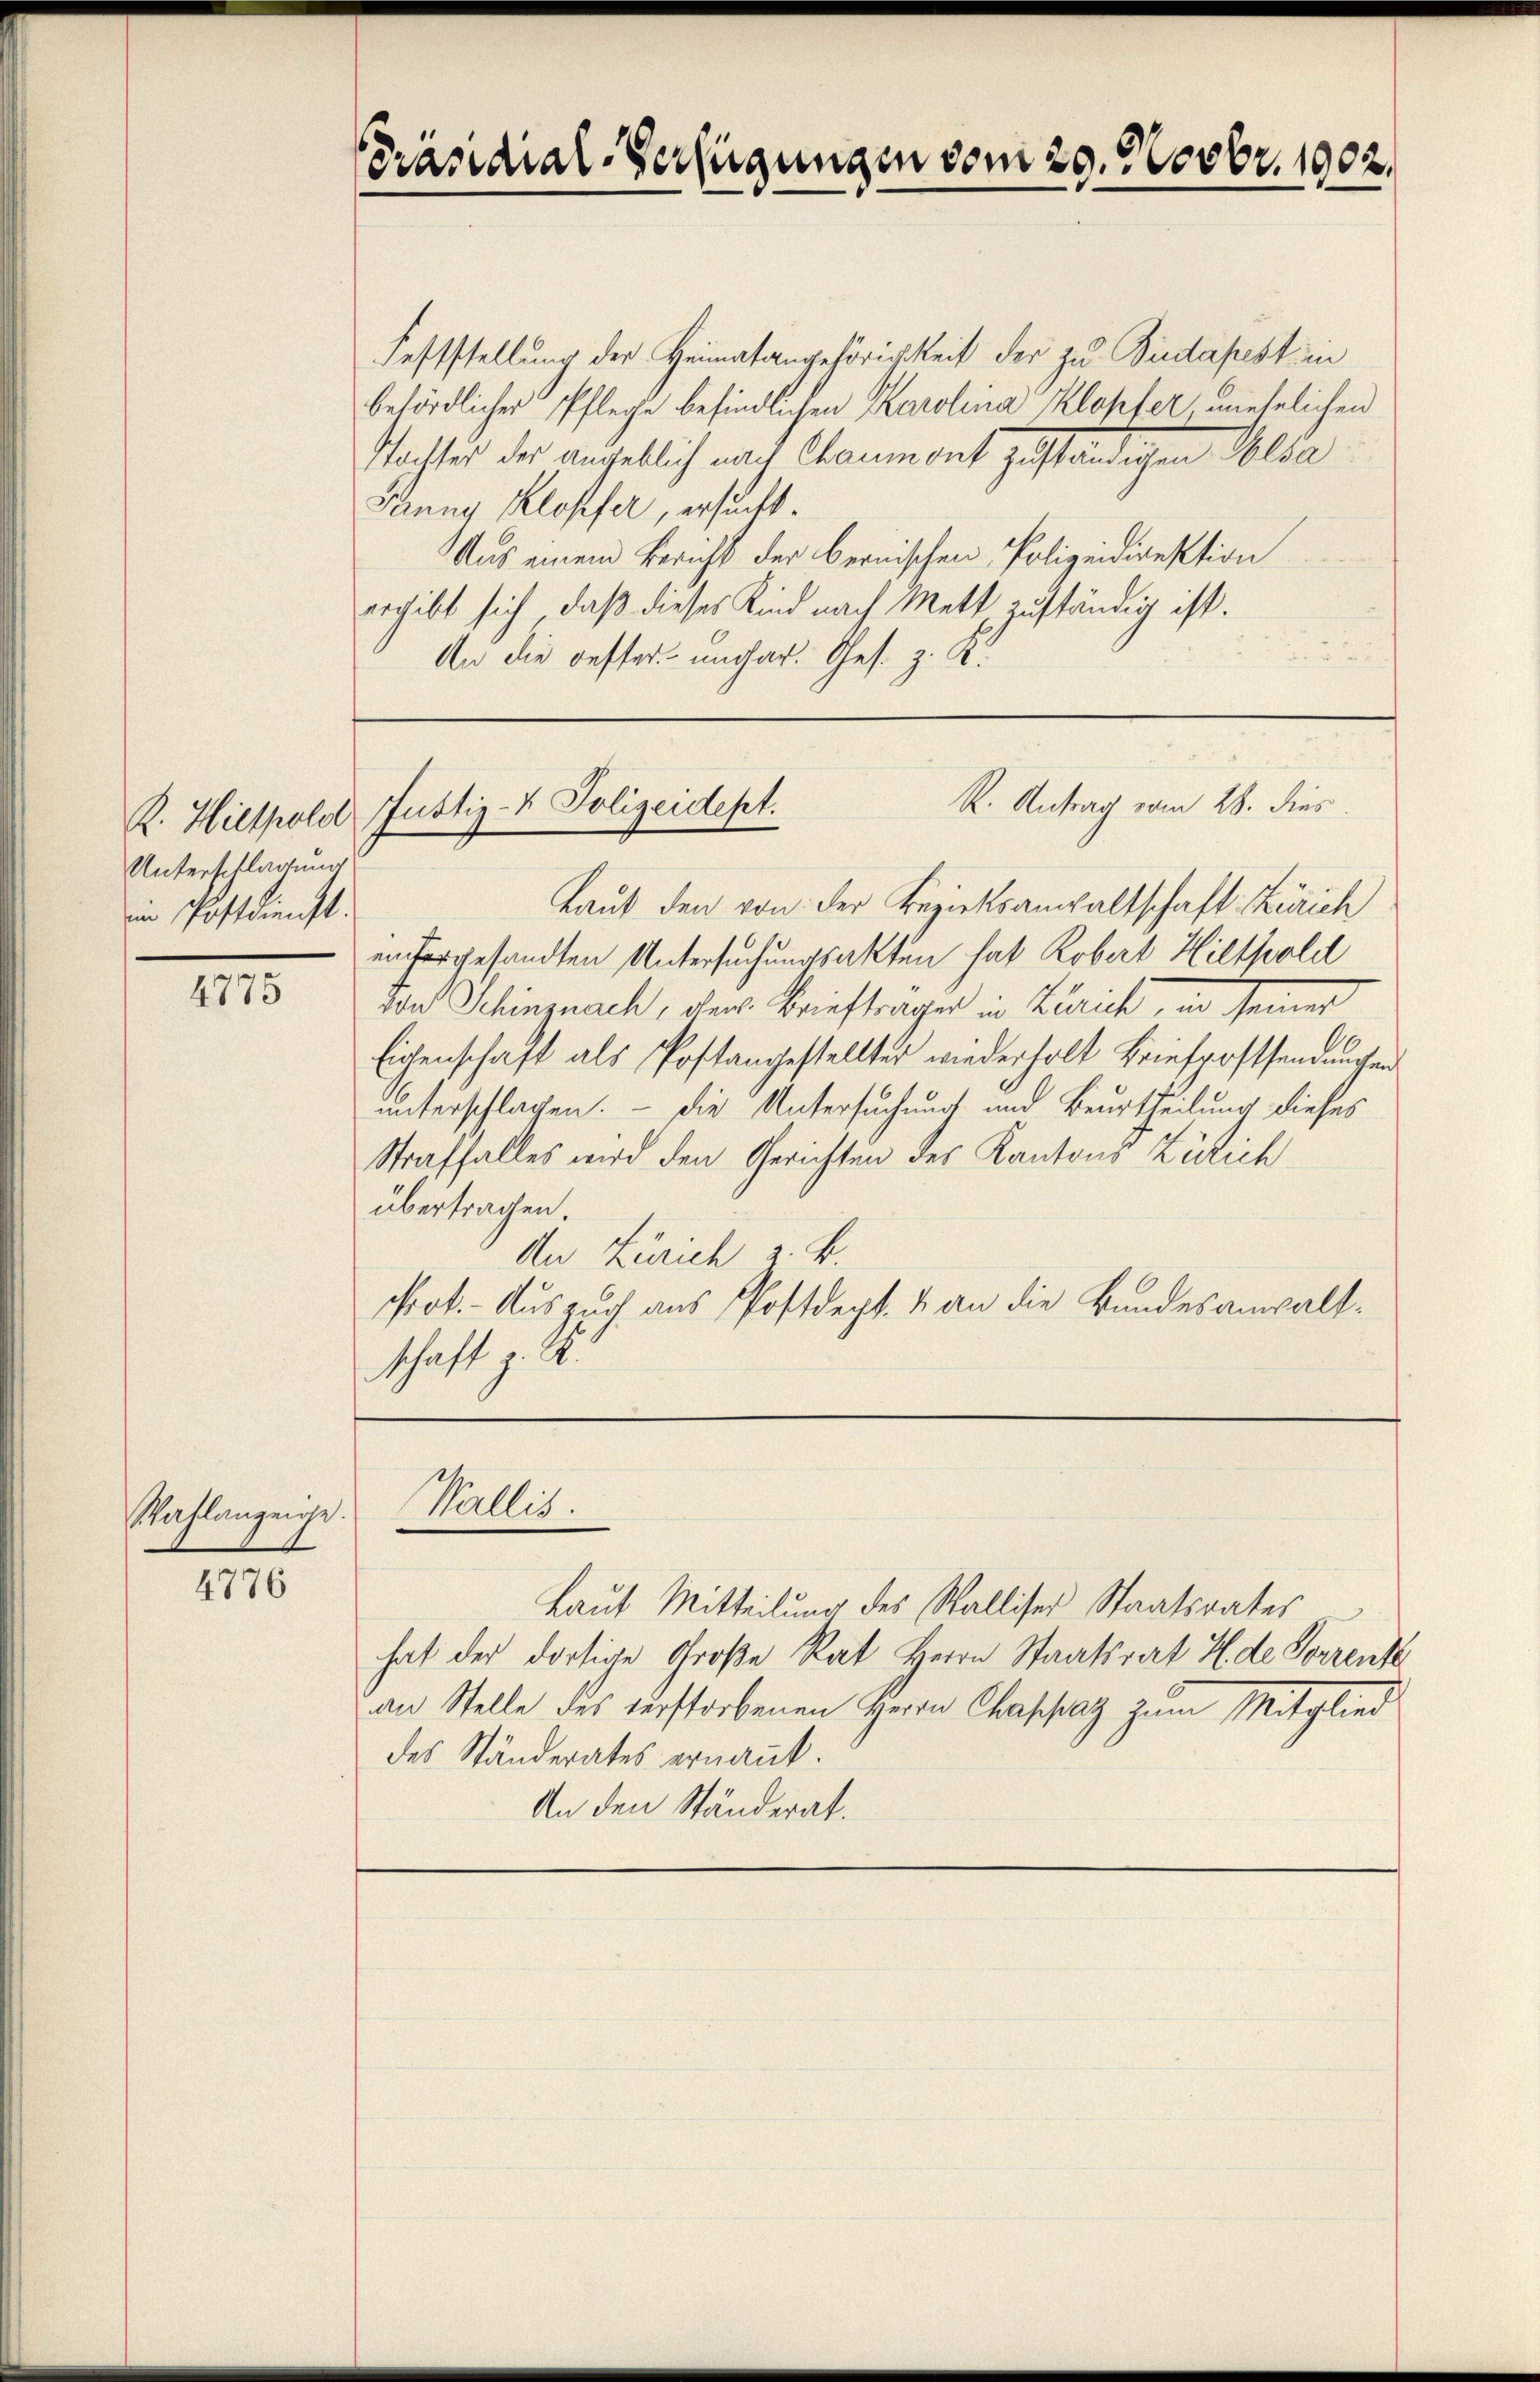
R. Hillpold
Unterschlagung
in Postdienst.

4775

Wahlanzeige.

4776

Präsidial-Verfügungen vom 29. Novbr. 1902.

Feststellung der Heimatangehörigkeit der zu Budapest in
behördlicher Pflege befindlichen Karolina Klopfer, unehelichen
Tochter der angeblich nach Chaumont zuständigen Solda
Panny Klopfer, ersucht
Aus einem Bericht der bernischen Polizeidirektion
ergibt sich, daß dieses Kind nach Mett zuständig ist.
An die oester ungar. Ges. z. K.

R. Antrag vom 28. dies
Justiz- & Polizeidept.

Wallis

Laut den von der Bezirksanwaltschaft Zürich
enhorgesandten Untersuchungsakten hat Robert Hilfsold
un Schinznach, der Brieftrager in Zürich, in seiner
Eichenschaft als Postangestellter wiederholt Briefrostsendungen
unterschlagen. – Die Untersuchung und Beurtheilung dieses
Straffalles wird den Gerichten des Kantons Zürich
übertragen.
An Zürich z. B.
Prot. - Auszug aus Postdept. 4 an die Bundesanwaltschaft z. B.

Laut Mitteilung des Walliser Staatsrates
hat der dortige Große Rat Herrn Staatsrat Hde Forrent
an Stelle des verstorbenen Herrn Chappaz zum Mitglied
des Ständerates ernant.
An den Ständerat.